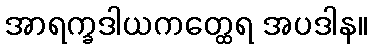
အာရက္ခဒါယကတ္ထေရ အပဒါန။